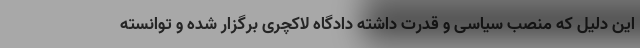
این دلیل که منصب سیاسی و قدرت داشته دادگاه لاکچری برگزار شده و توانسته